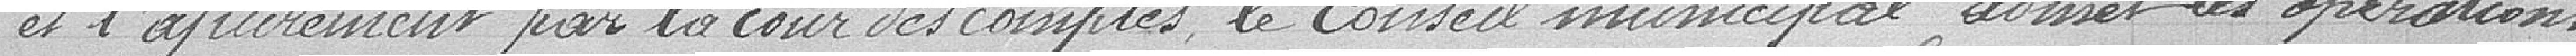
et l'apurement par la Cour des comptes, le Conseil municipal admet les opérations